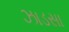
ઝાડસા